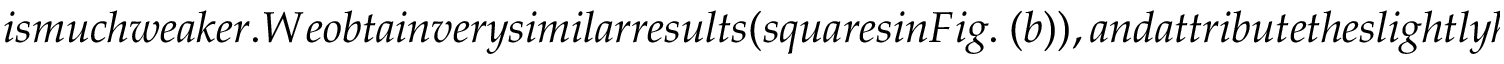
i s m u c h w e a k e r . W e o b t a i n v e r y s i m i l a r r e s u l t s ( s q u a r e s i n F i g . ~ ( b ) ) , a n d a t t r i b u t e t h e s l i g h t l y h i g h e r m i n i m a l t e m p e r a t u r e t o t h e h i g h e r s e n s i t i v i t y r e q u i r e d f o r t u n i n g